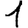
Digit: 1